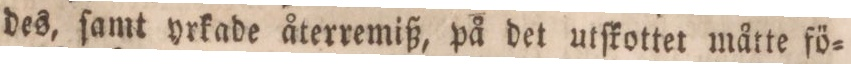
des, ſamt yrkade återremiß, på det utſkottet måtte fö=